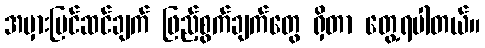
အမှားပြင်ဆင်ချက် ဖြည့်စွက်ချက်တွေ ရှိတာ တွေ့ရပါတယ်။